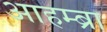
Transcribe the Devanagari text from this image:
आहम्ब्रा